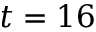
t = 1 6